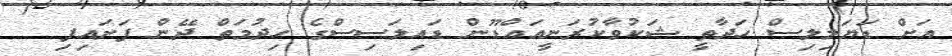
އަށް ޑަޔަލިލިސް ހަދާތީ ޝަކުވާކުރަނީއައްޑޫން ޑައިލަސިސްގެ ހިދުމަތް ދޭން ފަށައިފި